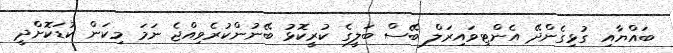
ބައްޔާއި ގުޅިގެންދޭ އެންޓިވައިރަލް ބޭސް ބަލީގެ ކުރީކޮޅު ބޭނުންކުރެވިއްޖެ ނަމަ މިކަން ކުޑަކޮށްދީ